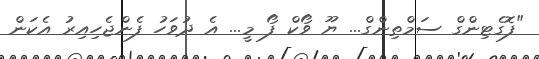
"ފޮގެޓިންގް ސަމްތިންގް... ޔޫ ވޯކް ފޯ މީ... އެ ދުވަހު ފެންޖެހިއިރު އެކަން